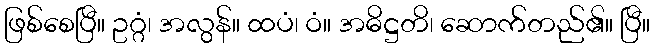
ဖြစ်စေပြီ။ ဥဂ္ဂံ၊ အလွန်။ ထပံ၊ ဝံ။ အဓိဋ္ဌတိ၊ ဆောက်တည်၏။ ပြီ။